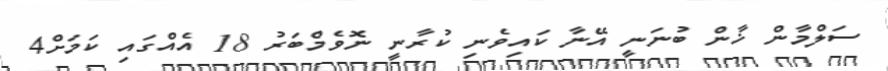
ސަލްމާން ޚާން ބުނަނީ އޭނާ ކައިވެނި ކުރާނީ ނޮވެމްބަރު 18 އެއްގައި ކަމަށް4